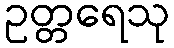
ဥတ္တရေသု